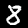
Label: 8